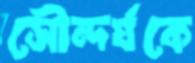
সৌন্দর্যকে